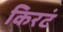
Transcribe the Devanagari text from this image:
किरटं